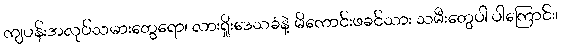
ကျပန်းအလုပ်သမားတွေရော၊ လားရှိုးဒေသခံနဲ့ မိကောင်းဖခင်သား သမီးတွေပါ ပါကြောင်း၊